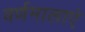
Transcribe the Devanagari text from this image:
वर्णमालाएं